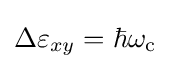
\Delta \varepsilon _{xy}=\hbar \omega _{\rm {c}}